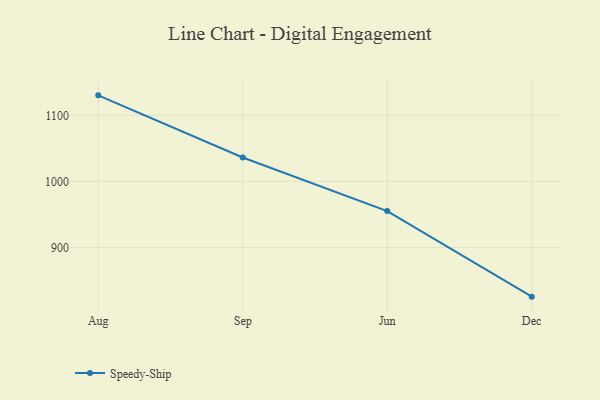
{"axis": {"x": "Month", "y": "Gross Profit (USD K)"}, "legend": ["Speedy-Ship"], "data": [{"x": "Aug", "y": 1130.2, "type": "Speedy-Ship"}, {"x": "Sep", "y": 1036.2, "type": "Speedy-Ship"}, {"x": "Jun", "y": 955.1, "type": "Speedy-Ship"}, {"x": "Dec", "y": 825.6, "type": "Speedy-Ship"}]}